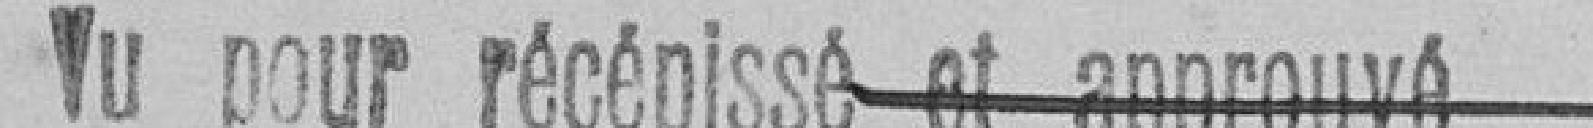
Vu pour récépissé et approuvé